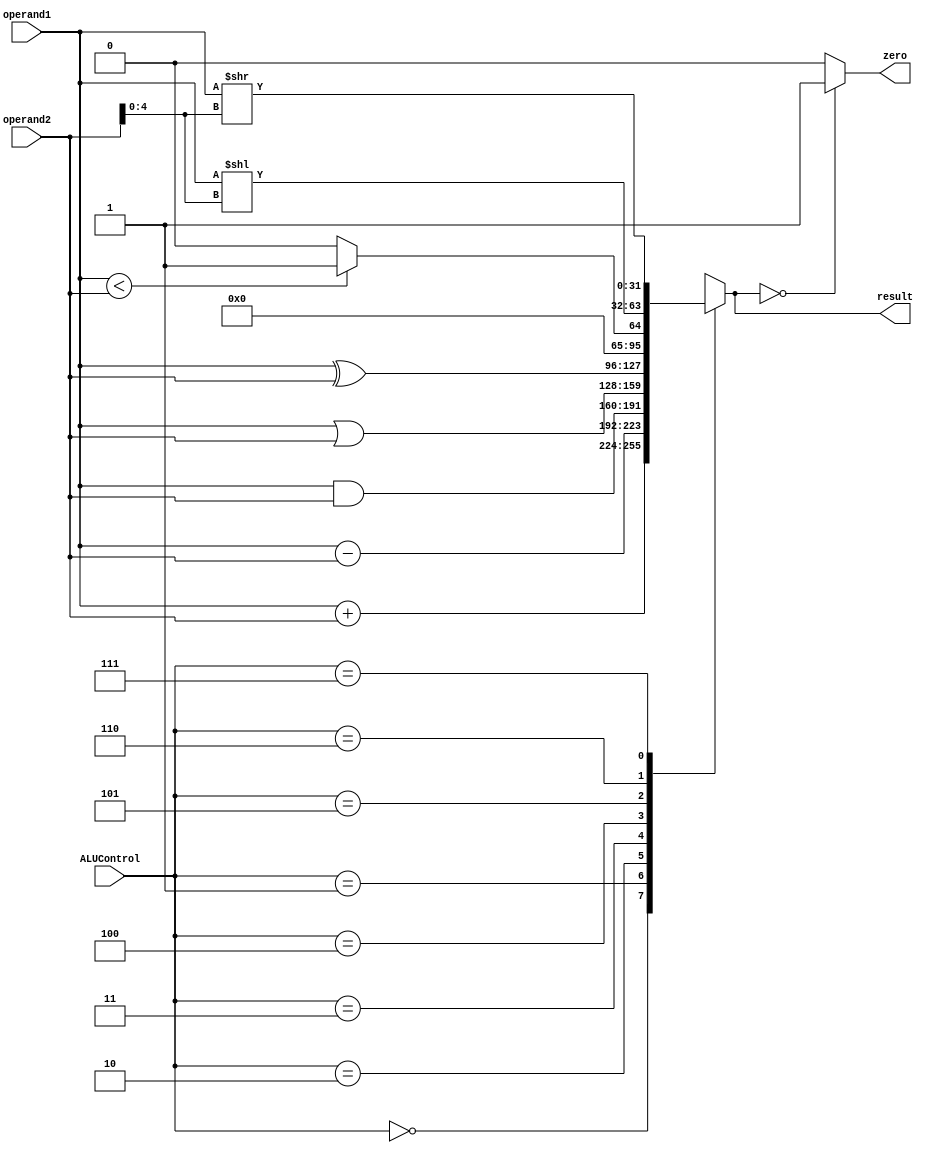
module ALU (
  input wire [31:0] operand1,   // Primeiro operando
  input wire [31:0] operand2,   // Segundo operando
  input wire [2:0] ALUControl,  // Sinal de controle da ALU
  output wire zero,             // Sinal de sada zero (resultado zero)
  output reg [31:0] result      // Resultado da operao
);

  wire [31:0] add_result;
  wire [31:0] sub_result;
  wire [31:0] and_result;
  wire [31:0] or_result;
  wire [31:0] xor_result;
  wire [31:0] slt_result;
  wire [31:0] sll_result;
  wire [31:0] srl_result;

  assign add_result = operand1 + operand2;
  assign sub_result = operand1 - operand2;
  assign and_result = operand1 & operand2;
  assign or_result = operand1 | operand2;
  assign xor_result = operand1 ^ operand2;
  assign slt_result = (operand1 < operand2) ? 1 : 0;
  assign sll_result = operand1 << operand2[4:0];
  assign srl_result = operand1 >> operand2[4:0];

  always @(*) begin
    case (ALUControl)
      3'b000: result = add_result;   // Operao de adio
      3'b001: result = sub_result;   // Operao de subtrao
      3'b010: result = and_result;   // Operao AND
      3'b011: result = or_result;    // Operao OR
      3'b100: result = xor_result;   // Operao XOR
      3'b101: result = slt_result;   // Operao SLT (Set Less Than)
      3'b110: result = sll_result;   // Operao SLL (Shift Left Logical)
      3'b111: result = srl_result;   // Operao SRL (Shift Right Logical)
      default: result = 32'b0;       // Caso de sinal de controle invlido
    endcase
  end

  assign zero = (result == 32'b0) ? 1 : 0;

endmodule